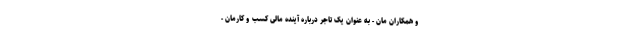
و همکاران مان - به عنوان یک تاجر درباره آینده مالی کسب و کارمان -